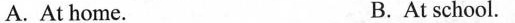
A. At home. B. At school.